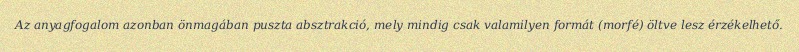
Az anyagfogalom azonban önmagában puszta absztrakció, mely mindig csak valamilyen formát (morfé) öltve lesz érzékelhető.